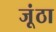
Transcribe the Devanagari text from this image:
जूंठा